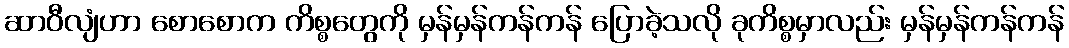
ဆာဝီလျံဟာ စောစောက ကိစ္စတွေကို မှန်မှန်ကန်ကန် ပြောခဲ့သလို ခုကိစ္စမှာလည်း မှန်မှန်ကန်ကန်